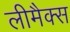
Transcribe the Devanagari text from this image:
लीमैक्स